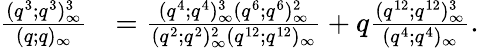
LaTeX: \begin{array}{rl}{\frac{(q^{3};q^{3})_{\infty}^{3}}{(q;q)_{\infty}}}&{=\frac{(q^{4};q^{4})_{\infty}^{3}(q^{6};q^{6})_{\infty}^{2}}{(q^{2};q^{2})_{\infty}^{2}(q^{12};q^{12})_{\infty}}+q\frac{(q^{12};q^{12})_{\infty}^{3}}{(q^{4};q^{4})_{\infty}}.}\end{array}